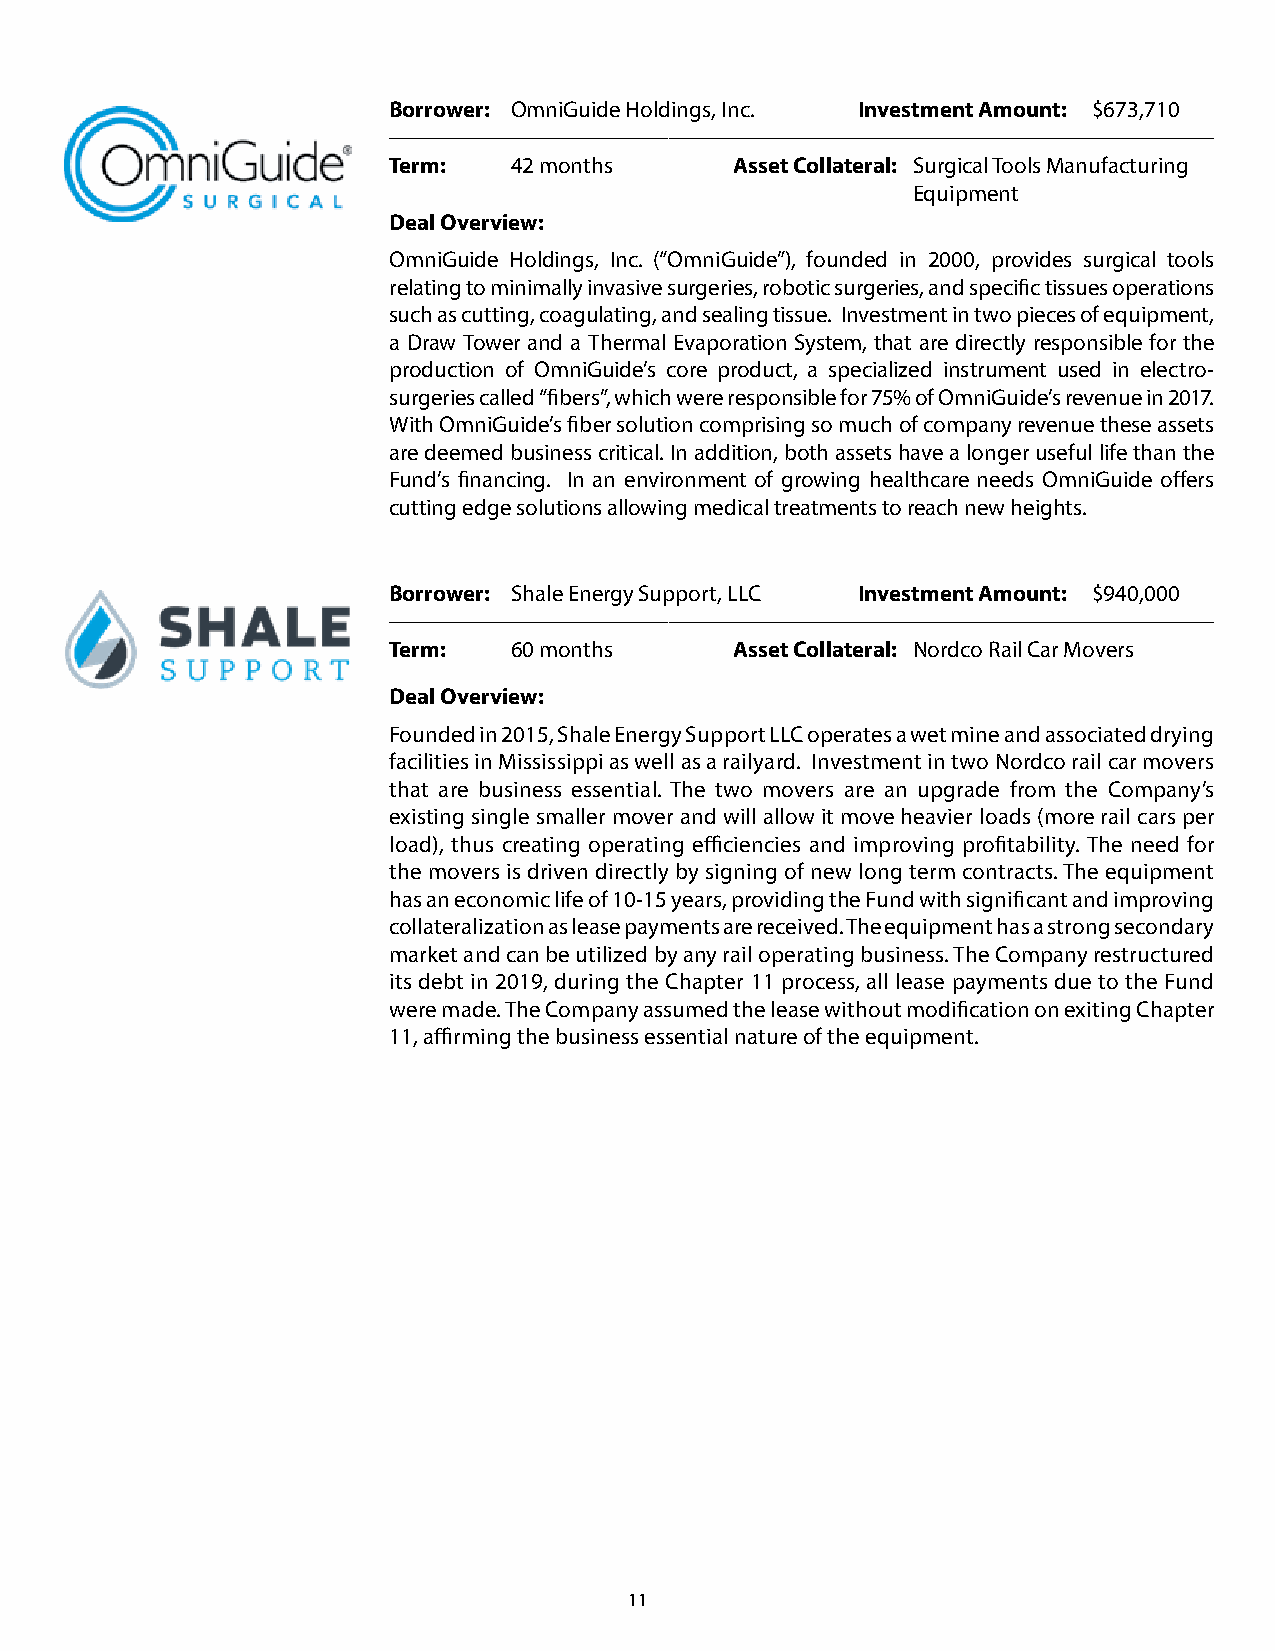
Borrower: OmniGuide Holdings, Inc. Investment Amount: $673,710
 Term:   42 months      Asset Collateral: Surgical Tools Manufacturing
 Equipment
 Deal Overview:
 OmniGuide Holdings, Inc. (“OmniGuide”), founded in 2000, provides surgical tools
 relating to minimally invasive surgeries, robotic surgeries, and specific tissues operations
 such as cutting, coagulating, and sealing tissue. Investment in two pieces of equipment,
 a Draw Tower and a Thermal Evaporation System, that are directly responsible for the
 production of OmniGuide’s core product, a specialized instrument used in electro-
 surgeries called “fibers”, which were responsible for 75% of OmniGuide’s revenue in 2017.
 With OmniGuide’s fiber solution comprising so much of company revenue these assets
 are deemed business critical. In addition, both assets have a longer useful life than the
 Fund’s financing. In an environment of growing healthcare needs OmniGuide offers
 cutting edge solutions allowing medical treatments to reach new heights.
 Borrower: Shale Energy Support, LLC Investment Amount: $940,000
 Term:   60 months      Asset Collateral: Nordco Rail Car Movers
 Deal Overview:
 Founded in 2015, Shale Energy Support LLC operates a wet mine and associated drying
 facilities in Mississippi as well as a railyard. Investment in two Nordco rail car movers
 that are business essential. The two movers are an upgrade from the Company’s
 existing single smaller mover and will allow it move heavier loads (more rail cars per
 load), thus creating operating efficiencies and improving profitability. The need for
 the movers is driven directly by signing of new long term contracts. The equipment
 has an economic life of 10-15 years, providing the Fund with significant and improving
 collateralization as lease payments are received. The equipment has a strong secondary
 market and can be utilized by any rail operating business. The Company restructured
 its debt in 2019, during the Chapter 11 process, all lease payments due to the Fund
 were made. The Company assumed the lease without modification on exiting Chapter
 11, affirming the business essential nature of the equipment.
 11